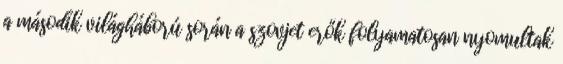
a második világháború során a szovjet erők folyamatosan nyomultak